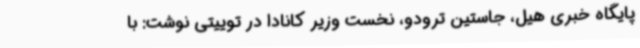
پایگاه خبری هیل، جاستین ترودو، نخست وزیر کانادا در توییتی نوشت: با